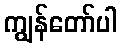
ကျွန်တော်ပါ